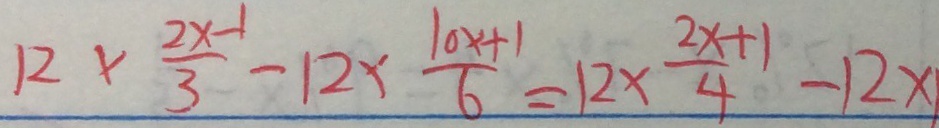
1 2 \times \frac { 2 x - 1 } { 3 } - 1 2 \times \frac { 1 0 x + 1 } { 6 } = 1 2 \times \frac { 2 x + 1 } { 4 } - 1 2 \times 1